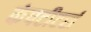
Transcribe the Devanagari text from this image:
कंपटीटर्स